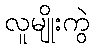
လူမျိုးကွဲ